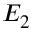
E _ { 2 }